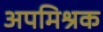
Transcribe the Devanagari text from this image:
अपमिश्रक